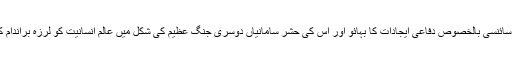
ساتھ ہی سائنسی بالخصوص دفاعی ایجادات كا بہائو اور اس كی حشر سامانیاں دوسری جنگِ عظیم كی شكل میں عالمِ انسانیت كو لرزہ براندام كر گئیں ۔